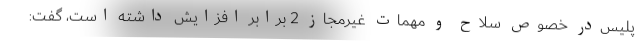
پلیس‌‌در خصوص سلاح و مهمات غیرمجاز 2 برابر افزایش داشته است، گفت: